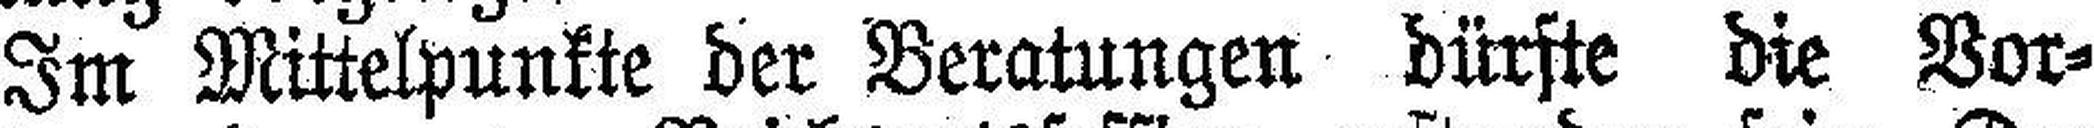
Im Mittelpunkte der Beratungen dürfte die Vor¬